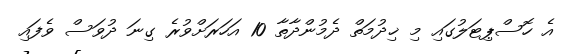
އެ ހޮސްޕިޓަލުގައި މި ޚިދުމަތް ދެމުންދާތާ 10 އަހަރަށްވުރެ ގިނަ ދުވަސް ވެފައި